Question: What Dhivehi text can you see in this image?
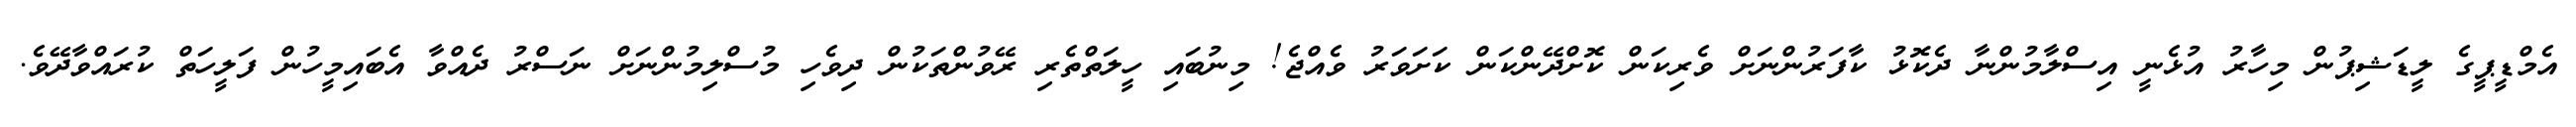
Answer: އެމްޑީޕީގެ ލީޑަޝިޕުން މިހާރު އުޅެނީ އިސްލާމުންނާ ދެކޮޅު ކާފަރުންނަށް ވެރިކަން ކޮށްދޭންކަން ކަށަވަރު ވެއްޖެ! މިނުބައި ހީލަތްތެރި ރޭވުންތަކުން ދިވެހި މުސްލިމުންނަށް ނަސްރު ދެއްވާ އެބައިމީހުން ފަލީހަތް ކުރައްވާދޭވެ.